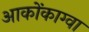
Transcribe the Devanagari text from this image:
आकोंकाग्वा